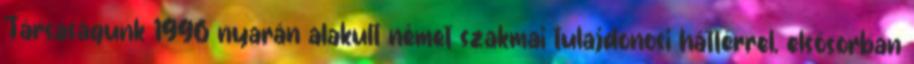
Társaságunk 1996 nyarán alakult német szakmai tulajdonosi háttérrel, elsősorban